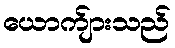
ယောက်ျားသည်